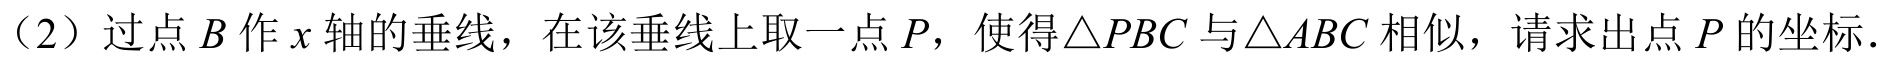
（2）过点\(B\)作\(x\)轴的垂线，在该垂线上取一点\(P\)，使得\(\triangle PBC\)与\(\triangle ABC\)相似，请求出点\(P\)的坐标．